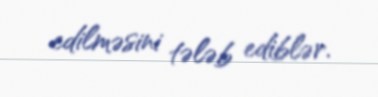
edilməsini tələb ediblər.